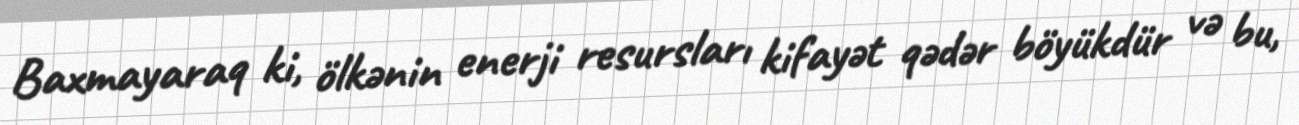
Baxmayaraq ki, ölkənin enerji resursları kifayət qədər böyükdür və bu,